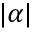
| \alpha |